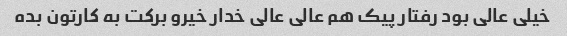
خیلى عالى بود رفتار پیک هم عالى عالى خدار خیرو برکت به کارتون بده